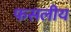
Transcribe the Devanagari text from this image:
फसलीय